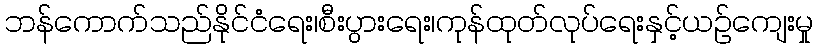
ဘန်ကောက်သည်နိုင်ငံရေး၊စီးပွားရေး၊ကုန်ထုတ်လုပ်ရေးနှင့်ယဉ်ကျေးမှု